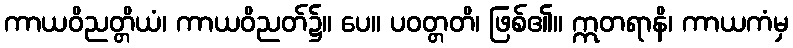
ကာယဝိညတ္တိယံ၊ ကာယဝိညတ်၌။ ပေ။ ပဝတ္တတိ၊ ဖြစ်၏။ ဣတရာနိ၊ ကာယကံမှ